Madras plague regulations and rules - Volume 1
Disease focus: Plague
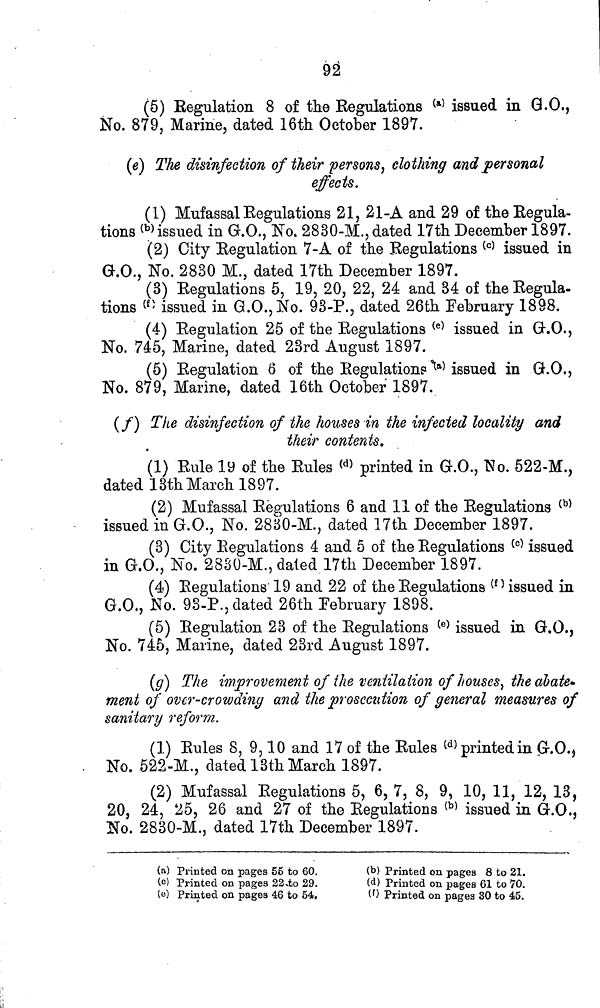
92
(5) Regulation 8 of the Regulations (a) issued in G.O.,
No. 879, Marine, dated 16th October 1897.
(e) The disinfection of their persons, clothing and personal
effects.
(1) Mufassal Regulations 21, 21-A and 29 of the Regula-
tions (b) issued in G.O., No. 2830-M., dated 17th December 1897.
(2) City Regulation 7-A of the Regulations (c) issued in
G.O., No. 2830 M., dated 17th December 1897.
(3) Regulations 5, 19, 20, 22, 24 and 34 of the Regula-
tions (f) issued in G.O., No. 93-P., dated 26th February 1898.
(4) Regulation 25 of the Regulations (e) issued in G.O.,
No. 745, Marine, dated 23rd August 1897.
(5) Regulation 6 of the Regulations (a) issued in G.O.,
No. 879, Marine, dated 16th October 1897.
(f) The disinfection of the houses in the infected locality and
their contents.
(1) Rule 19 of the Rules (d) printed in G.O., No. 522-M.,
dated 13th March 1897.
(2) Mufassal Regulations 6 and 11 of the Regulations (b)
issued in G.O., No. 2830-M., dated 17th December 1897.
(3) City Regulations 4 and 5 of the Regulations (c) issued
in G.O., No. 2830-M., dated 17th December 1897.
(4) Regulations 19 and 22 of the Regulations (f) issued in
G.O,, No. 93-P., dated 26th February 1898.
(5) Regulation 23 of the Regulations (e) issued in G.O.,
No. 745, Marine, dated 23rd August 1897.
(g) The improvement of the ventilation of houses, the abate-
ment of over-crowding and the prosecution of general measures of
sanitary reform.
(1) Rules 8, 9, 10 and 17 of the Rules (d) printed in G.O.,
No. 522-M., dated 13th March 1897.
(2) Mufassal Regulations 5, 6, 7, 8, 9, 10, 11, 12, 13,
20, 24, 25, 26 and 27 of the Regulations (b) issued in G.O.,
No. 2830-M., dated 17th December 1897.
(a) Printed on pages 56 to 60.
(c) Printed on pages 22 to 29.
(e) Printed on pages 46 to 54.
(b) Printed on pages 8 to 21.
(d) Printed on pages 61 to 70.
(f) Printed on pages 30 to 45.